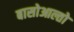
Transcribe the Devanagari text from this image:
बासोआल्तो